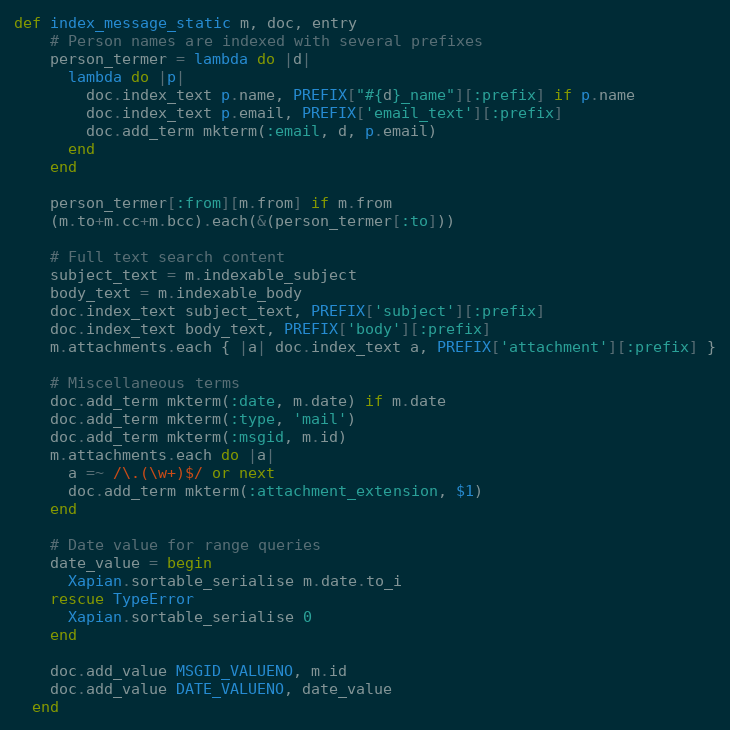
Language: Ruby
def index_message_static m, doc, entry
    # Person names are indexed with several prefixes
    person_termer = lambda do |d|
      lambda do |p|
        doc.index_text p.name, PREFIX["#{d}_name"][:prefix] if p.name
        doc.index_text p.email, PREFIX['email_text'][:prefix]
        doc.add_term mkterm(:email, d, p.email)
      end
    end

    person_termer[:from][m.from] if m.from
    (m.to+m.cc+m.bcc).each(&(person_termer[:to]))

    # Full text search content
    subject_text = m.indexable_subject
    body_text = m.indexable_body
    doc.index_text subject_text, PREFIX['subject'][:prefix]
    doc.index_text body_text, PREFIX['body'][:prefix]
    m.attachments.each { |a| doc.index_text a, PREFIX['attachment'][:prefix] }

    # Miscellaneous terms
    doc.add_term mkterm(:date, m.date) if m.date
    doc.add_term mkterm(:type, 'mail')
    doc.add_term mkterm(:msgid, m.id)
    m.attachments.each do |a|
      a =~ /\.(\w+)$/ or next
      doc.add_term mkterm(:attachment_extension, $1)
    end

    # Date value for range queries
    date_value = begin
      Xapian.sortable_serialise m.date.to_i
    rescue TypeError
      Xapian.sortable_serialise 0
    end

    doc.add_value MSGID_VALUENO, m.id
    doc.add_value DATE_VALUENO, date_value
  end